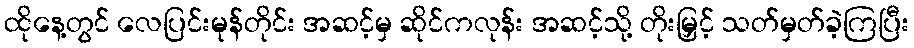
ထိုနေ့တွင် လေပြင်းမုန်တိုင်း အဆင့်မှ ဆိုင်ကလုန်း အဆင့်သို့ တိုးမြှင့် သတ်မှတ်ခဲ့ကြပြီး